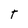
Character: T